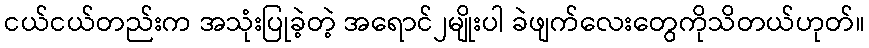
ငယ်ငယ်တည်းက အသုံးပြုခဲ့တဲ့ အရောင်၂မျိုးပါ ခဲဖျက်လေးတွေကိုသိတယ်ဟုတ်။